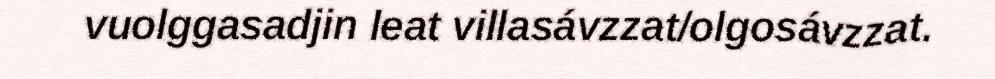
vuolggasadjin leat villasávzzat/olgosávzzat.